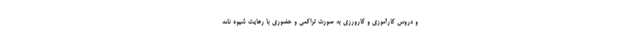
و دروس کارآموزی و کارورزی به صورت تراکمی و حضوری با رعایت شیوه نامه